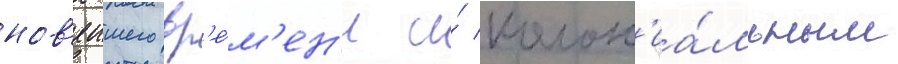
нов'еишего вр'е́м'ен'и и́ колон'иа́льным